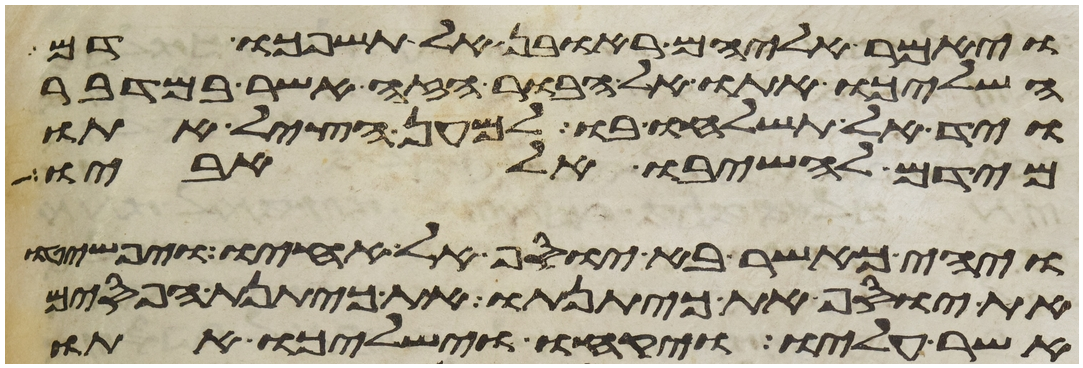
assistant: ויאמר אליהם ראובן אל תשפכו דם
השליכו אתו אל הבור הזה אשר במדבר
ויד אל תשלחו בו למען הציל אתו
מידם להשיבו אל אביו
ויהי כאשר בא יוסף אל אחיו ויפשטו
את יוסף את כיתנתו את כיתנת הפסים
אשר עליו ויקחו וישלכו אתו